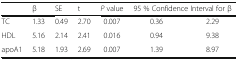
<table><thead><tr><td></td><td><b>β</b></td><td><b>SE</b></td><td><b>t</b></td><td><b><i>P</i> value</b></td><td colspan="2"><b>95 % Confidence Interval for β</b></td></tr></thead><tbody><tr><td>TC</td><td>1.33</td><td>0.49</td><td>2.70</td><td>0.007</td><td>0.36</td><td>2.29</td></tr><tr><td>HDL</td><td>5.16</td><td>2.14</td><td>2.41</td><td>0.016</td><td>0.94</td><td>9.38</td></tr><tr><td>apoA1</td><td>5.18</td><td>1.93</td><td>2.69</td><td>0.007</td><td>1.39</td><td>8.97</td></tr></tbody></table>